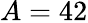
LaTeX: A=42